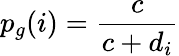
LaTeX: p_{g}(i)=\frac{c}{c+d_{i}}